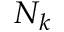
N _ { k }